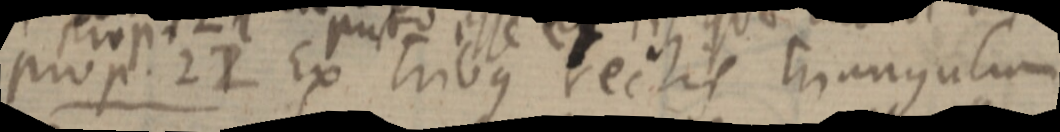
prop. 22 Ex tribus rectis triangulum